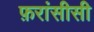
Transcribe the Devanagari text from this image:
फ़रांसीसी